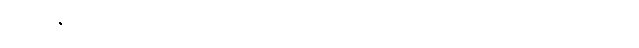
တချို့ဇနီးများက အဆင့်အတန်းမြင့်သောယောကျာ်းမျိုးကို ရထားပေမယ့်